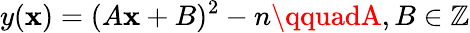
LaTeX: y(\mathbf{x})=(A\mathbf{x}+B)^{2}-n\qquadA,B\in\mathbb{{Z}}